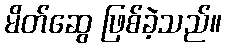
မိတ်ဆွေ ဖြစ်ခဲ့သည်။